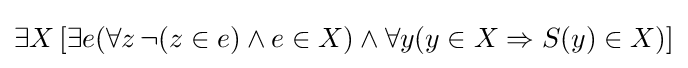
\exists X\left[\exists e(\forall z\,\neg (z\in e)\land e\in X)\land \forall y(y\in X\Rightarrow S(y)\in X)\right]